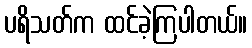
ပရိသတ်က ထင်ခဲ့ကြပါတယ်။